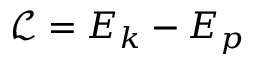
\mathcal { L } = E _ { k } - E _ { p }